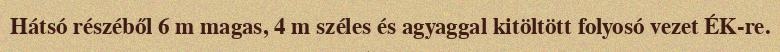
Hátsó részéből 6 m magas, 4 m széles és agyaggal kitöltött folyosó vezet ÉK-re.